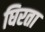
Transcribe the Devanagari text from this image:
घिरता